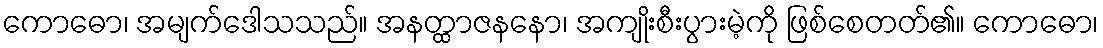
ကောဓော၊ အမျက်ဒေါသသည်။ အနတ္ထာဇနနော၊ အကျိုးစီးပွားမဲ့ကို ဖြစ်စေတတ်၏။ ကောဓော၊